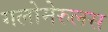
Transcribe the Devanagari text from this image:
गलोमेरुलस